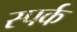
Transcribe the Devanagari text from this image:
स्पर्क